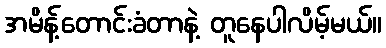
အမိန့်တောင်းခံတာနဲ့ တူနေပါလိမ့်မယ်။